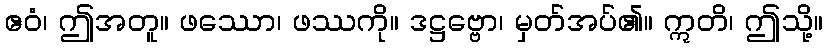
ဧဝံ၊ ဤအတူ။ ဖဿော၊ ဖဿကို။ ဒဋ္ဌဗ္ဗော၊ မှတ်အပ်၏။ ဣတိ၊ ဤသို့။